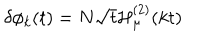
LaTeX: \delta \phi _ { k } ( t ) = N \sqrt { t } { \cal H } _ { \mu } ^ { ( 2 ) } ( k t )